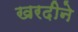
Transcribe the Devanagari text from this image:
खरदीने